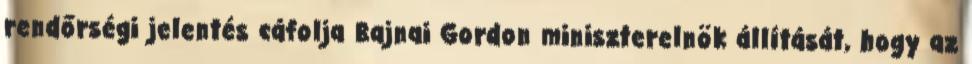
rendőrségi jelentés cáfolja Bajnai Gordon miniszterelnök állítását, hogy az